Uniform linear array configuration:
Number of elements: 24
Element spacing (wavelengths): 0.75
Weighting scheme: binomial
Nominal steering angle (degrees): -45
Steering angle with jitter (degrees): -46.753
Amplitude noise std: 0.05
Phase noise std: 0.05

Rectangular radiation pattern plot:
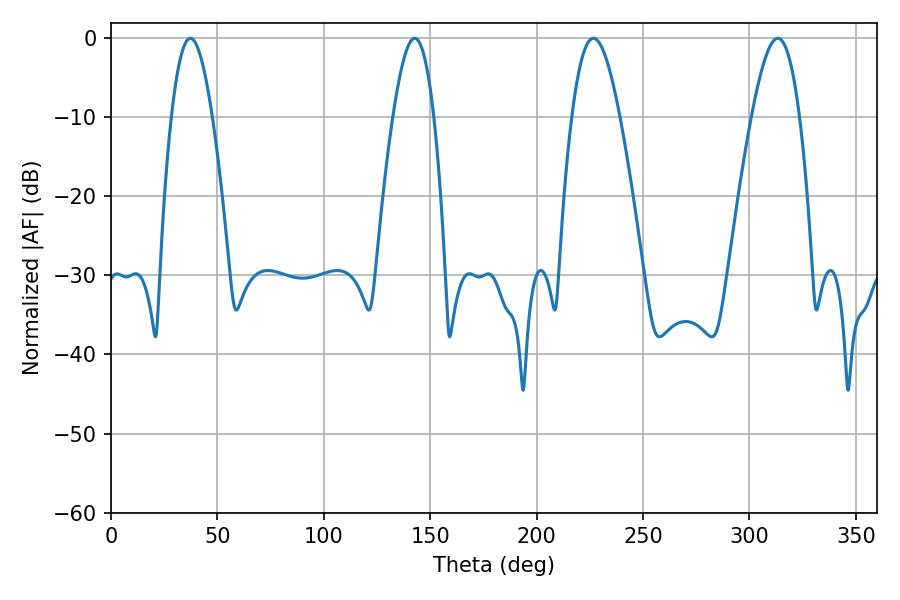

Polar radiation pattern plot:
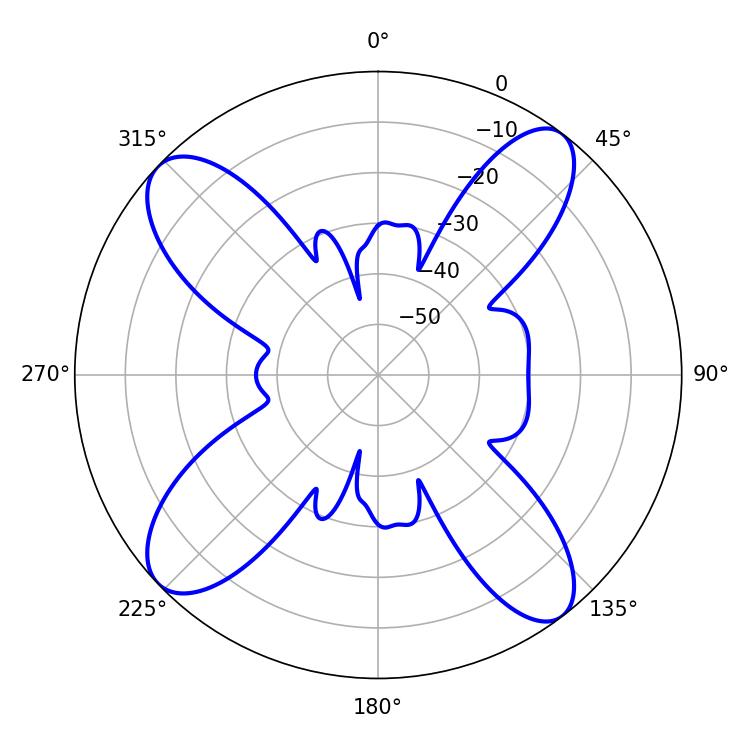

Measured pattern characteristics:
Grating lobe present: TRUE
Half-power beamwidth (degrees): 10.44
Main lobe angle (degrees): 37.26